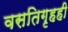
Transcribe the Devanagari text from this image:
वसतिगृहही